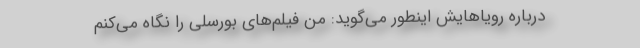
درباره رویاهایش اینطور می‌گوید: من فیلم‌های بورسلی را نگاه می‌کنم